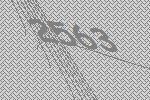
2563